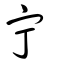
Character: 宁